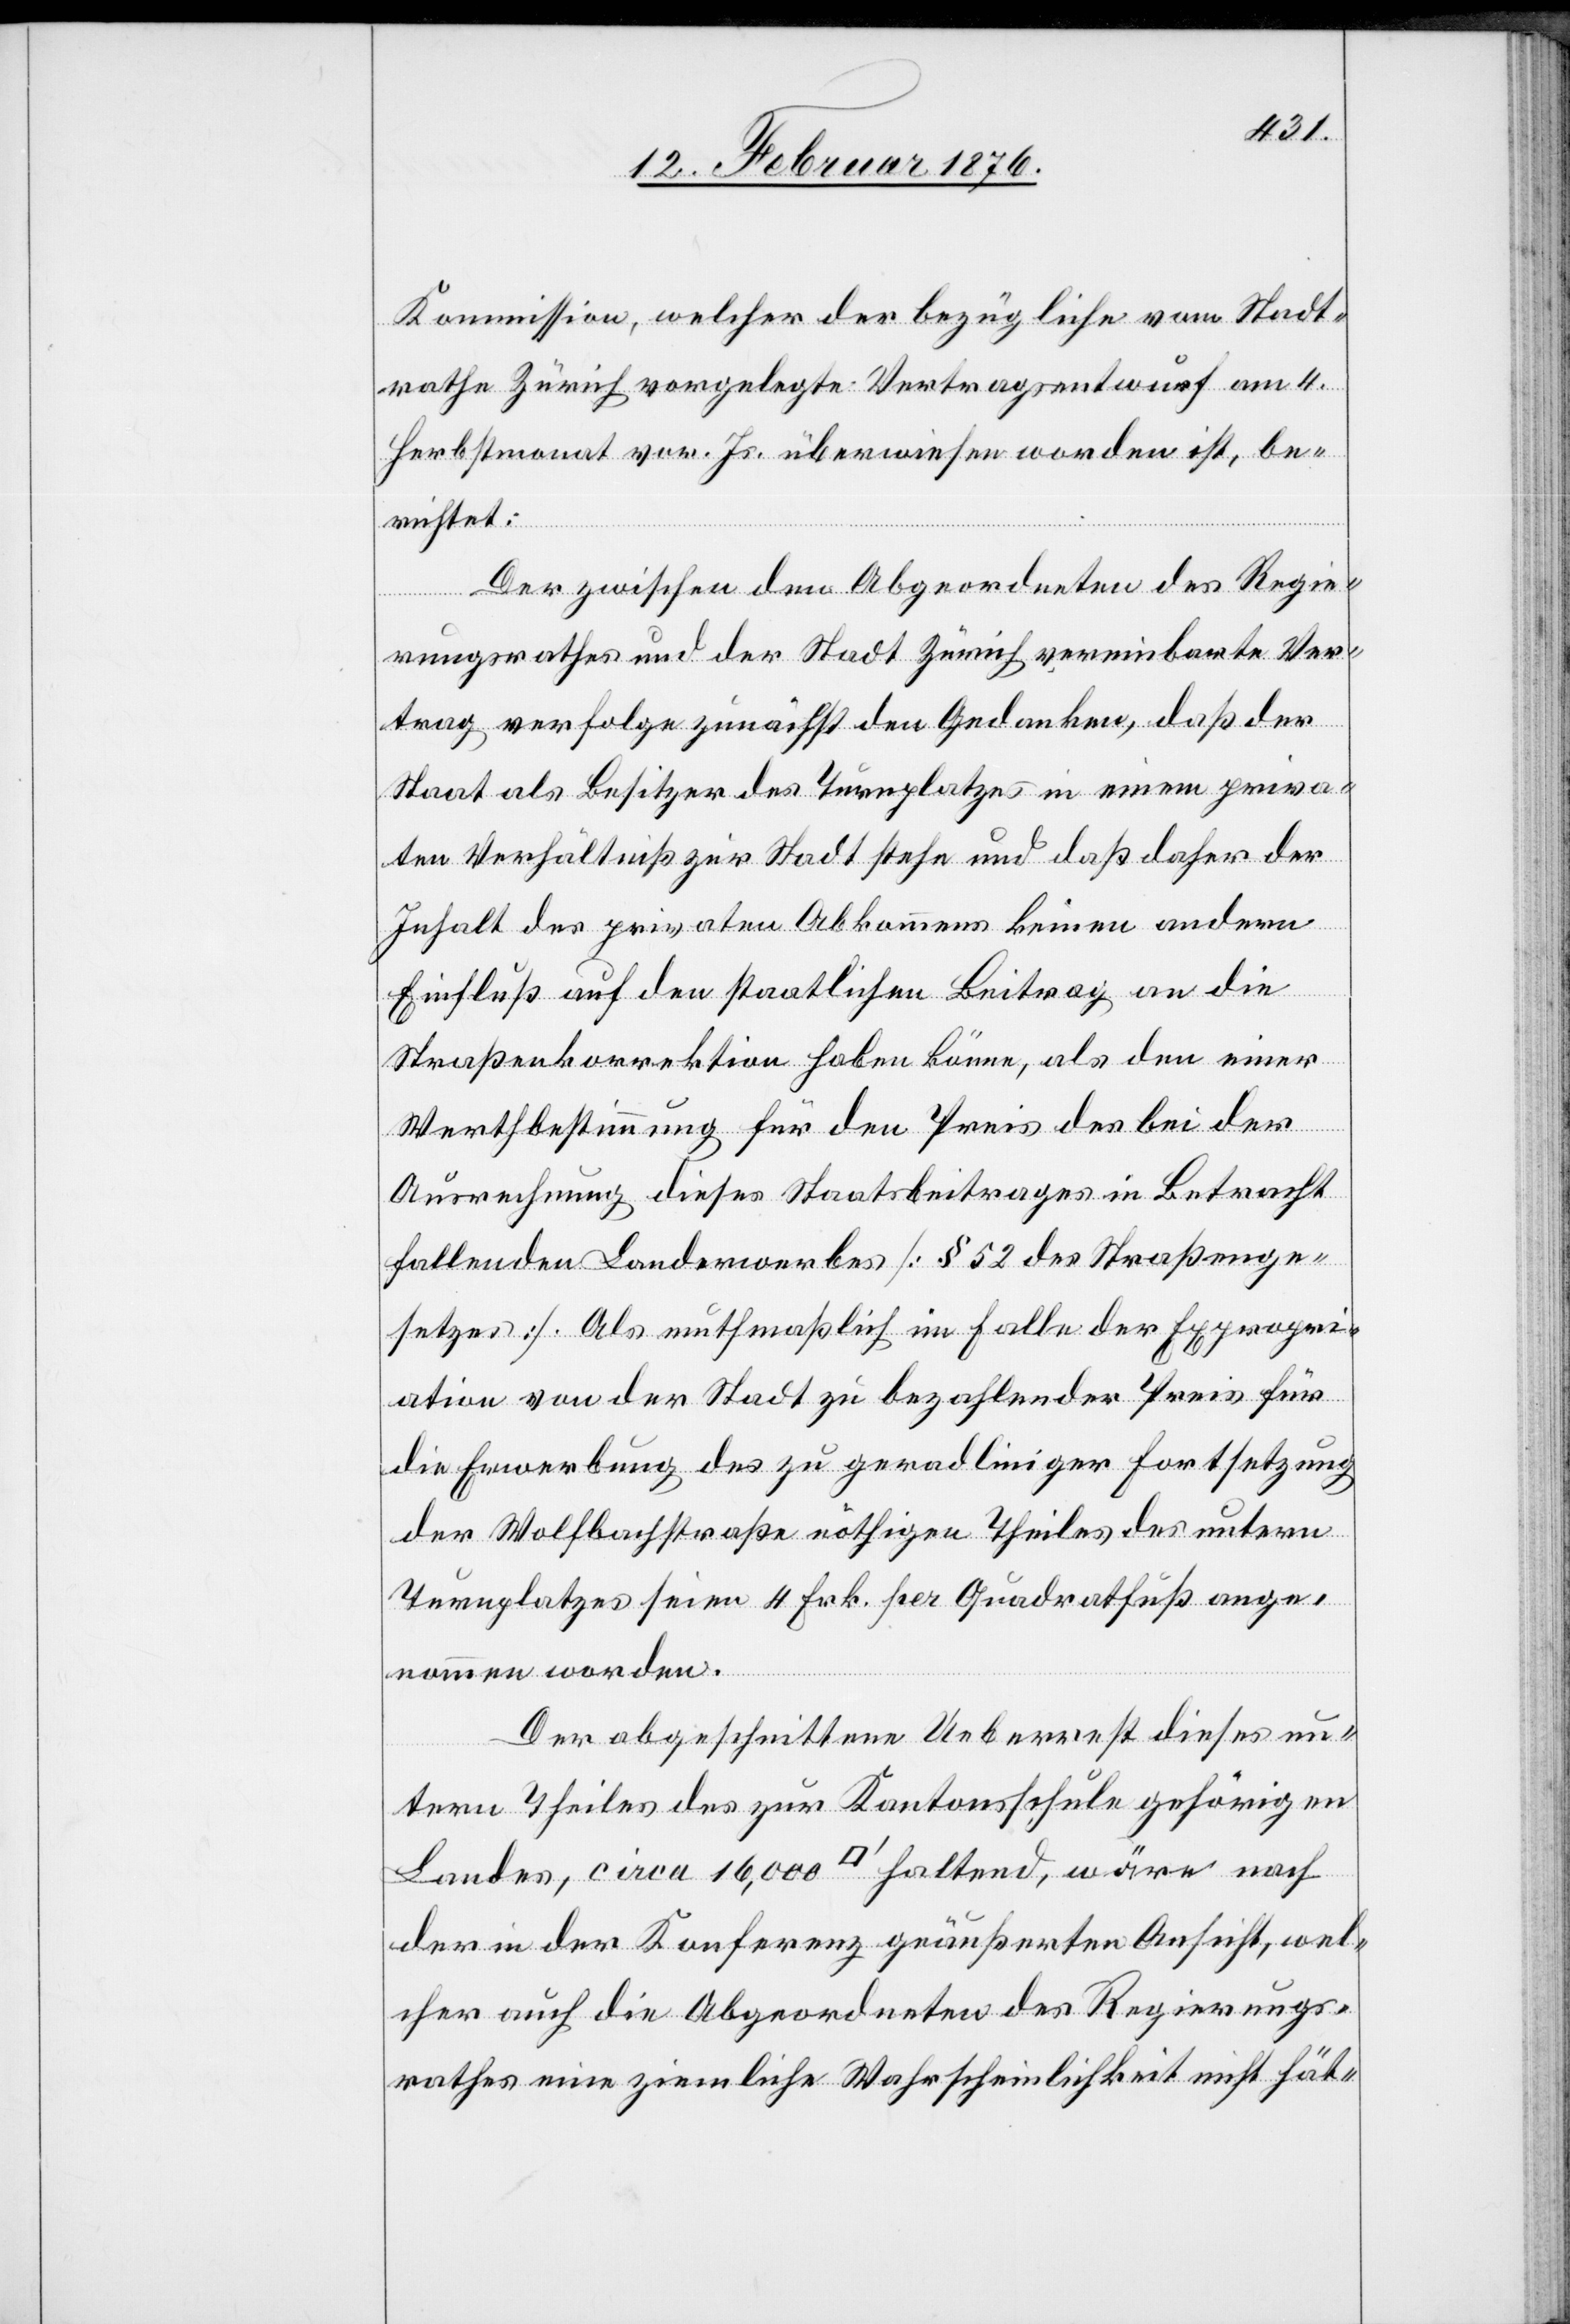
Kommission, welcher der bezügliche vom Stadt¬
rathe Zürich vorgelegte Vertragsentwurf am 4.
Herbstmonat vor. Js. überwiesen worden ist, be¬
richtet:
Der zwischen den Abgeordneten des Regie¬
rungsrathes und der Stadt Zürich vereinbarte Ver¬
trag verfolge zunächst den Gedanken, daß der
Staat als Besitzer des Turnplatzes in einem priva¬
ten Verhältniß zur Stadt stehe und daß daher der
Inhalt des privaten Abkommens keinen andern
Einfluß auf den staatlichen Beitrag an die
Straßenkorrektion haben könne, als den einer
Werthbestimmung für den Preis des bei der
Ausrechnung dieses Staatbeitrages in Betracht
fallenden Landerwerbes [§ 52 des Straßenge¬
setzes]. Als muthmaßlich im Falle der Expropri¬
ation von der Stadt zu bezahlender Preis für
die Erwerbung des zu geradliniger Fortsetzung
der Wolfbachstraße nöthigen Theiles des untern
Turnplatzes seien 4 Frk. per Quadratfuß ange¬
nommen worden.
Der abgeschnittene Ueberrest dieses un¬
tern Theiles des zur Kantonsschule gehörigen
Landes, circa 16,000 [Quadratfuß] haltend, wäre nach
der in der Konferenz geäußerten Ansicht, wel¬
cher auch die Abgeordneten des Regierungs¬
rathes eine ziemliche Wahrscheinlichkeit nicht hät-